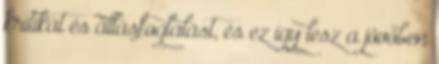
kritikát és állásfoglalást, és ez így lesz a jövőben